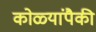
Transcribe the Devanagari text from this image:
कोळ्यांपैकी